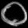
Digit: ၀